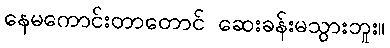
နေမကောင်းတာတောင် ဆေးခန်းမသွားဘူး။